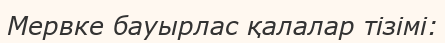
Мервке бауырлас қалалар тізімі: